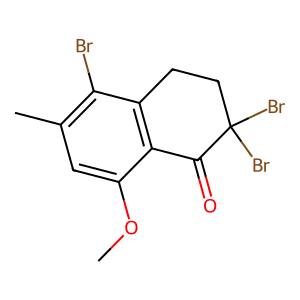
SMILES: COc1cc(C)c(Br)c2c1C(=O)C(Br)(Br)CC2
Inhibits HIV replication: No